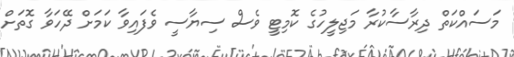
މަސައްކަތް ދިރާސާކުރާ މަޖިލީހުގެ ކޮމިޓީ ވެސް ސިޔާސީ ވެފައިވާ ކަމަށް ދޭހަވާ ގޮތަށް